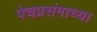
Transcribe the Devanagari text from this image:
पेचप्रसंगाच्या